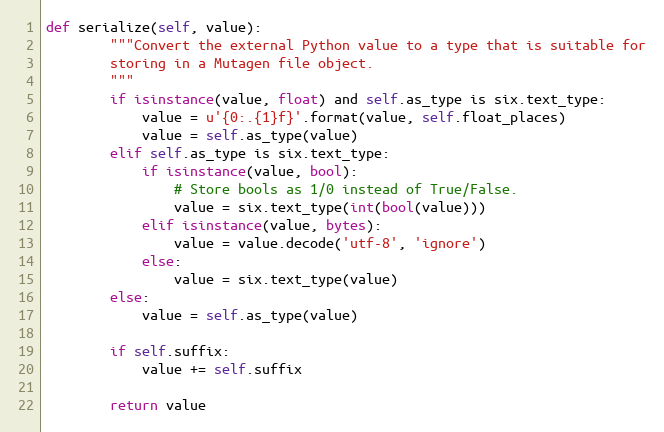
Language: Python
def serialize(self, value):
        """Convert the external Python value to a type that is suitable for
        storing in a Mutagen file object.
        """
        if isinstance(value, float) and self.as_type is six.text_type:
            value = u'{0:.{1}f}'.format(value, self.float_places)
            value = self.as_type(value)
        elif self.as_type is six.text_type:
            if isinstance(value, bool):
                # Store bools as 1/0 instead of True/False.
                value = six.text_type(int(bool(value)))
            elif isinstance(value, bytes):
                value = value.decode('utf-8', 'ignore')
            else:
                value = six.text_type(value)
        else:
            value = self.as_type(value)

        if self.suffix:
            value += self.suffix

        return value